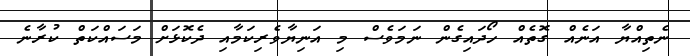
ނެތިއްޔާ އަނެއް ގޮތެއް ހޯދައިގެން ނަަމަވެސް މި އަނިޔާވެރިކަމާއި ދެކޮޅަށް މަސައްކަތް ކުރާނެ